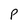
Character: P